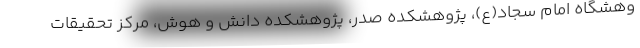
وهشگاه امام سجاد(ع)، پژوهشکده صدر، پژوهشکده دانش و هوش، مرکز تحقیقات